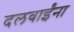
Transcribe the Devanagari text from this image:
दलवाईंना